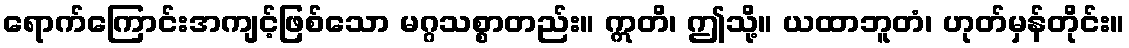
ရောက်ကြောင်းအကျင့်ဖြစ်သော မဂ္ဂသစ္စာတည်း။ ဣတိ၊ ဤသို့။ ယထာဘူတံ၊ ဟုတ်မှန်တိုင်း။